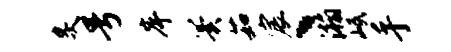
炙号岸翼茹宸丶瀚岷手